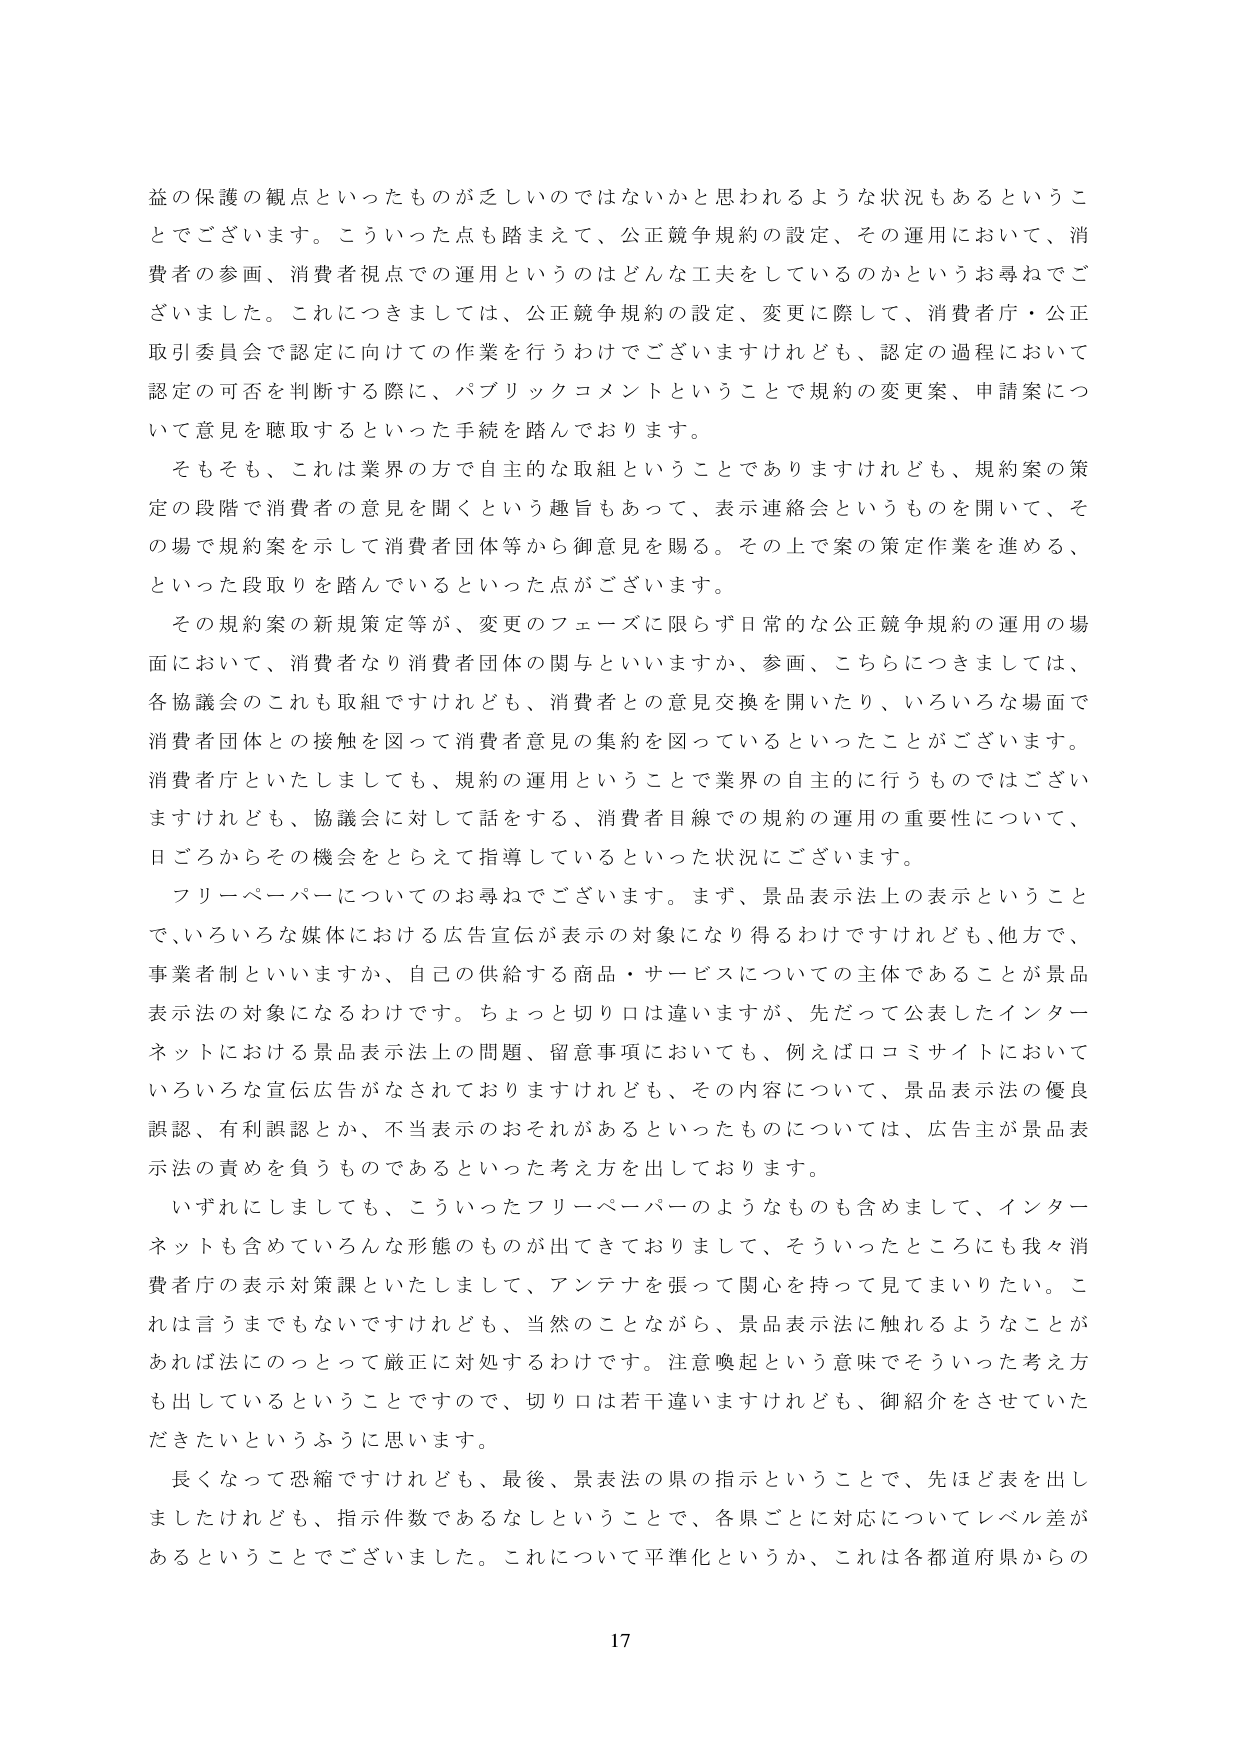
益の保護の観点といったものが乏しいのではないかと思われるような状況もあるということでございます。こういった点も踏まえて、公正競争規約の設定、その運用において、消費者の参画、消費者視点での運用というのはどんな工夫をしているのかというお尋ねでございました。これにつきましては、公正競争規約の設定、変更に際して、消費者庁・公正取引委員会で認定に向けての作業を行うわけでございますけれども、認定の過程において認定の可否を判断する際に、パブリックコメントということで規約の変更案、申請案について意見を聴取するといった手続を踏んでおります。

そもそも、これは業界の方で自主的な取組ということでありますけれども、規約案の策定の段階で消費者の意見を聞くという趣旨もあって、表示連絡会というものを開いて、その場で規約案を示して消費者団体等から御意見を賜る。その上で案の策定作業を進める、といった段取りを踏んでいるといった点がございます。

その規約案の新規策定等が、変更のフェーズに限らず日常的な公正競争規約の運用の場面において、消費者なり消費者団体の関与といいますか、参画、こちらにつきましては、各協議会のこれも取組ですけれども、消費者との意見交換を開いたり、いろいろな場面で消費者団体との接触を図って消費者意見の集約を図っているといったことがございます。消費者庁といたしましても、規約の運用ということで業界の自主的に行うものではございますけれども、協議会に対して話をする、消費者目線での規約の運用の重要性について、日ごろからその機会をとらえて指導しているといった状況にございます。

フリーペーパーについてのお尋ねでございます。まず、景品表示法上の表示ということで、いろいろな媒体における広告宣伝が表示の対象になり得るわけですけれども、他方で、事業者制といいますか、自己の供給する商品・サービスについての主体であることが景品表示法の対象になるわけです。ちょっと切り口は違いますが、先だって公表したインターネットにおける景品表示法上の問題、留意事項においても、例えば口コミサイトにおいていろいろな宣伝広告がなされておりますけれども、その内容について、景品表示法の優良誤認、有利誤認とか、不当表示のおそれがあるといったものについては、広告主が景品表示法の責めを負うものであるといった考え方を出しております。

いずれにしましても、こういったフリーペーパーのようなものも含めまして、インターネットも含めていろんな形態のものが出てきておりまして、そういったところにも我々消費者庁の表示対策課といたしまして、アンテナを張って関心を持って見てまいりたい。これは言うまでもないですけれども、当然のことながら、景品表示法に触れるようなことがあれば法にのっとって厳正に対処するわけです。注意喚起という意味でそういった考え方も出しているということですので、切り口は若干違いますけれども、御紹介をさせていただきたいというふうに思います。

長くなって恐縮ですけれども、最後、景表法の県の指示ということで、先ほど表を出しましたけれども、指示件数であるなしということで、各県ごとに対応についてレベル差があるということでございました。これについて平準化というか、これは各都道府県からの

17